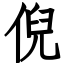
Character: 倪